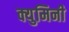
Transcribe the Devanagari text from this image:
क्युमिनी